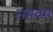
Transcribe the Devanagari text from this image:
समयम